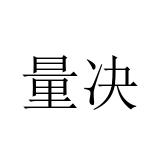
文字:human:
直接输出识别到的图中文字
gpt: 量决